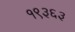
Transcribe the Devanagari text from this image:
१९३६३